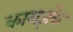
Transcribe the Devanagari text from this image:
कागज़के